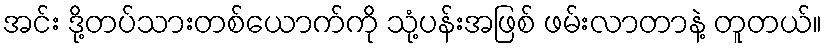
အင်း ဒို့တပ်သားတစ်ယောက်ကို သုံ့ပန်းအဖြစ် ဖမ်းလာတာနဲ့ တူတယ်။